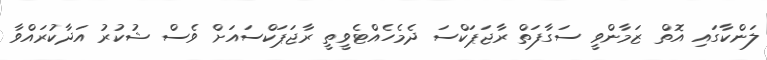
ލަންކާގައި އޮތް ޒަމާންވީ ސަގާފަތް ރާޖަޕަކްސަ ދެމެހެއްޓެވީތީ ރާޖަޕަކްސައަށް ވެސް ޝުކުރު އަދާކުރައްވާ